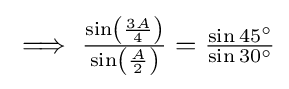
{\textstyle \implies {\frac {\sin \left({\frac {3A}{4}}\right)}{\sin \left({\frac {A}{2}}\right)}}={\frac {\sin 45^{\circ }}{\sin 30^{\circ }}}}